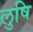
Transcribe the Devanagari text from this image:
लुषि